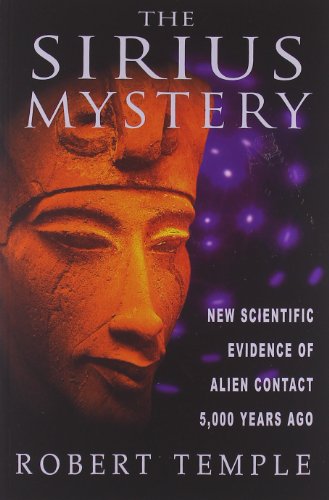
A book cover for The Sirius Mystery: New Scientific Evidence of Alien Contact 5,000 Years Ago; Robert Temple; Science & Math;